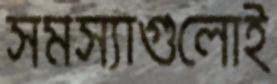
সমস্যাগুলোই